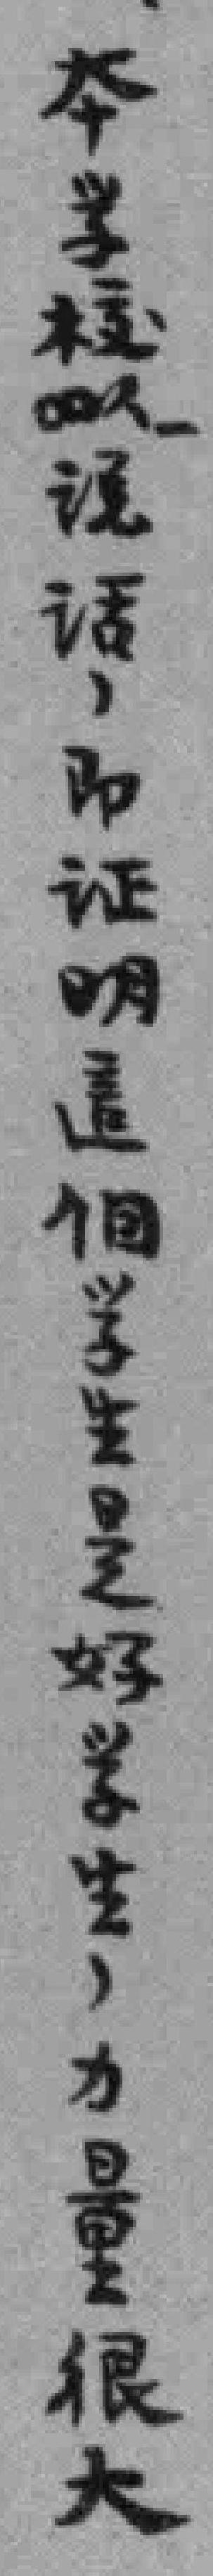
本学校说话，即证明這個学生是好学生，力量很大